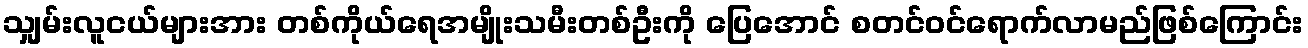
သျှမ်းလူငယ်များအား တစ်ကိုယ်ရေအမျိုးသမီးတစ်ဦးကို ပြေအောင် စတင်ဝင်ရောက်လာမည်ဖြစ်ကြောင်း